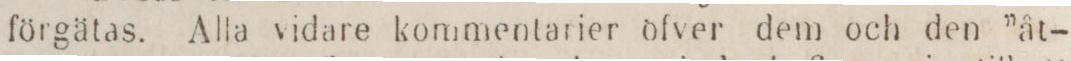
förgätas. Alla vidare kommentarier öfver dem och den ”åt-